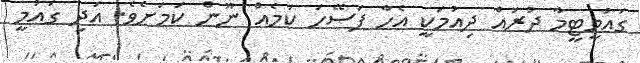
ގައުމީޓީމާ ދުރައް ދިއުމަކީ އެހާ ފަސޭހަ ކަމެއް ނޫން ކަމަށެވެ. އަދި ގައުމީ